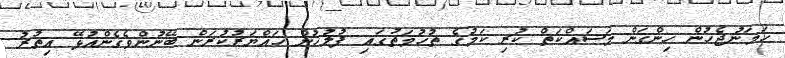
ހަމަނުޖެހުން ހިންގަން މަސައްކަތް ކުރި ކަމުގެ ތުހުމަތުގައި ފުލުހުން ހައްޔަރުކުރަން ބޭނުންވެގެންއުޅޭ އިތުރު